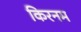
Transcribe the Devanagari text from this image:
किरनम